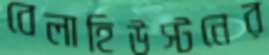
বেলাহিউস্টনের